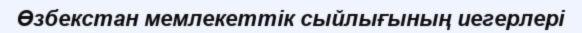
Өзбекстан мемлекеттік сыйлығының иегерлері